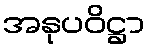
အနုပဝိဋ္ဌာ